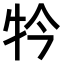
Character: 𤘡